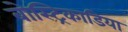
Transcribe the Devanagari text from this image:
बोस्ट्रिकाडिया